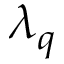
\lambda _ { q }